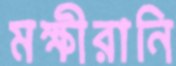
মক্ষীরানি